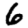
Digit: 6